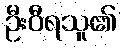
ဦးဝီရသူ၏